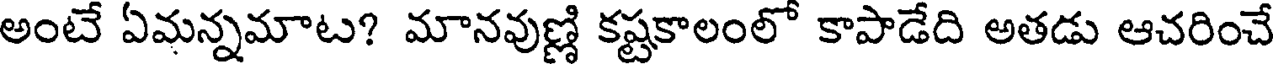
అంటే ఏమన్నమాట? మానవుణ్ణి కష్టకాలంలో కాపాడేది అతడు ఆచరించే